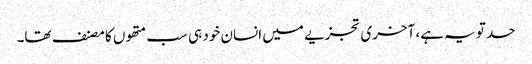
حد تو یہ ہے، آخری تجزیے میں انسان خود ہی سب متھوں کا مصنف تھا۔